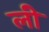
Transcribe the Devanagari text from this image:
लीे